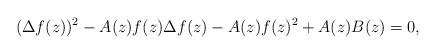
LaTeX: \begin{align*}(\Delta f(z))^2-A(z)f(z)\Delta f(z)-A(z)f(z)^2+A(z)B(z)=0,\end{align*}